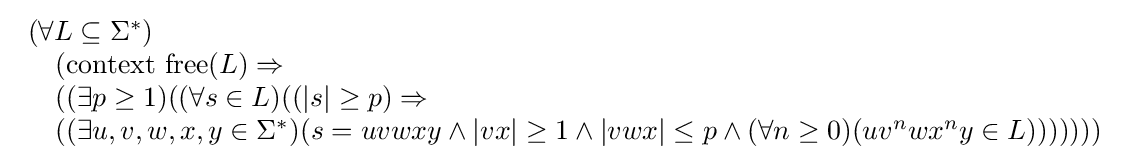
{\begin{array}{l}(\forall L\subseteq \Sigma ^{*})\\\quad ({\mbox{context free}}(L)\Rightarrow \\\quad ((\exists p\geq 1)((\forall s\in L)((|s|\geq p)\Rightarrow \\\quad ((\exists u,v,w,x,y\in \Sigma ^{*})(s=uvwxy\land |vx|\geq 1\land |vwx|\leq p\land (\forall n\geq 0)(uv^{n}wx^{n}y\in L)))))))\end{array}}